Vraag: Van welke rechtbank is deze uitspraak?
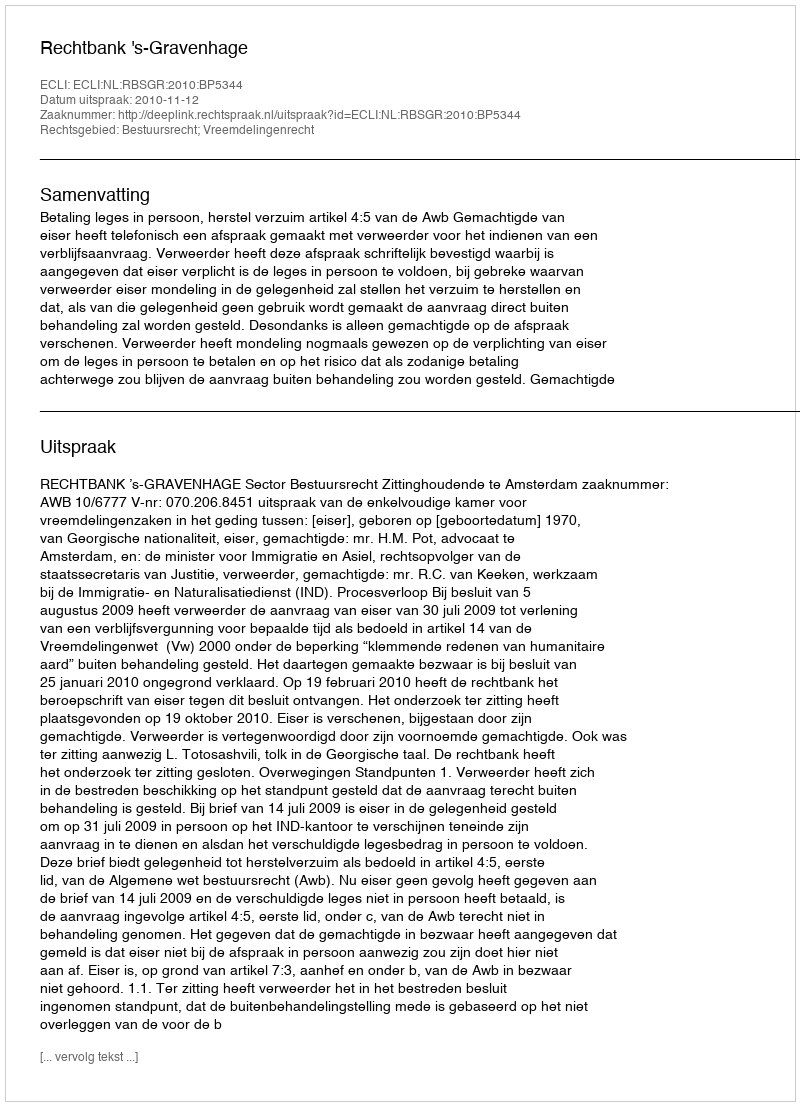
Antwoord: Rechtbank 's-Gravenhage